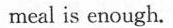
meal is enough.